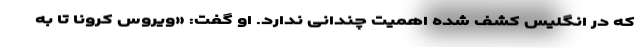
که در انگلیس کشف شده اهمیت چندانی ندارد. او گفت: «ویروس کرونا تا به